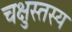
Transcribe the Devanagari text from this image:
चक्षुस्तस्य